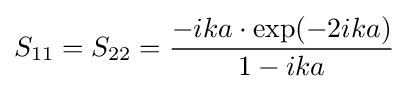
S_{11}=S_{22}={\frac {-ika\cdot \exp(-2ika)}{1-ika}}